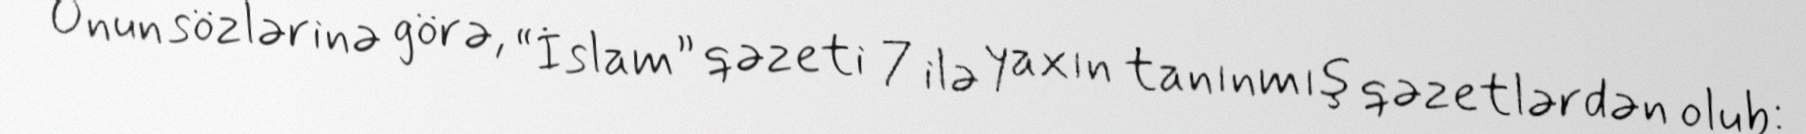
Onun sözlərinə görə, “İslam” qəzeti 7 ilə yaxın tanınmış qəzetlərdən olub: